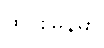
ထိုင်းမြန်မာ